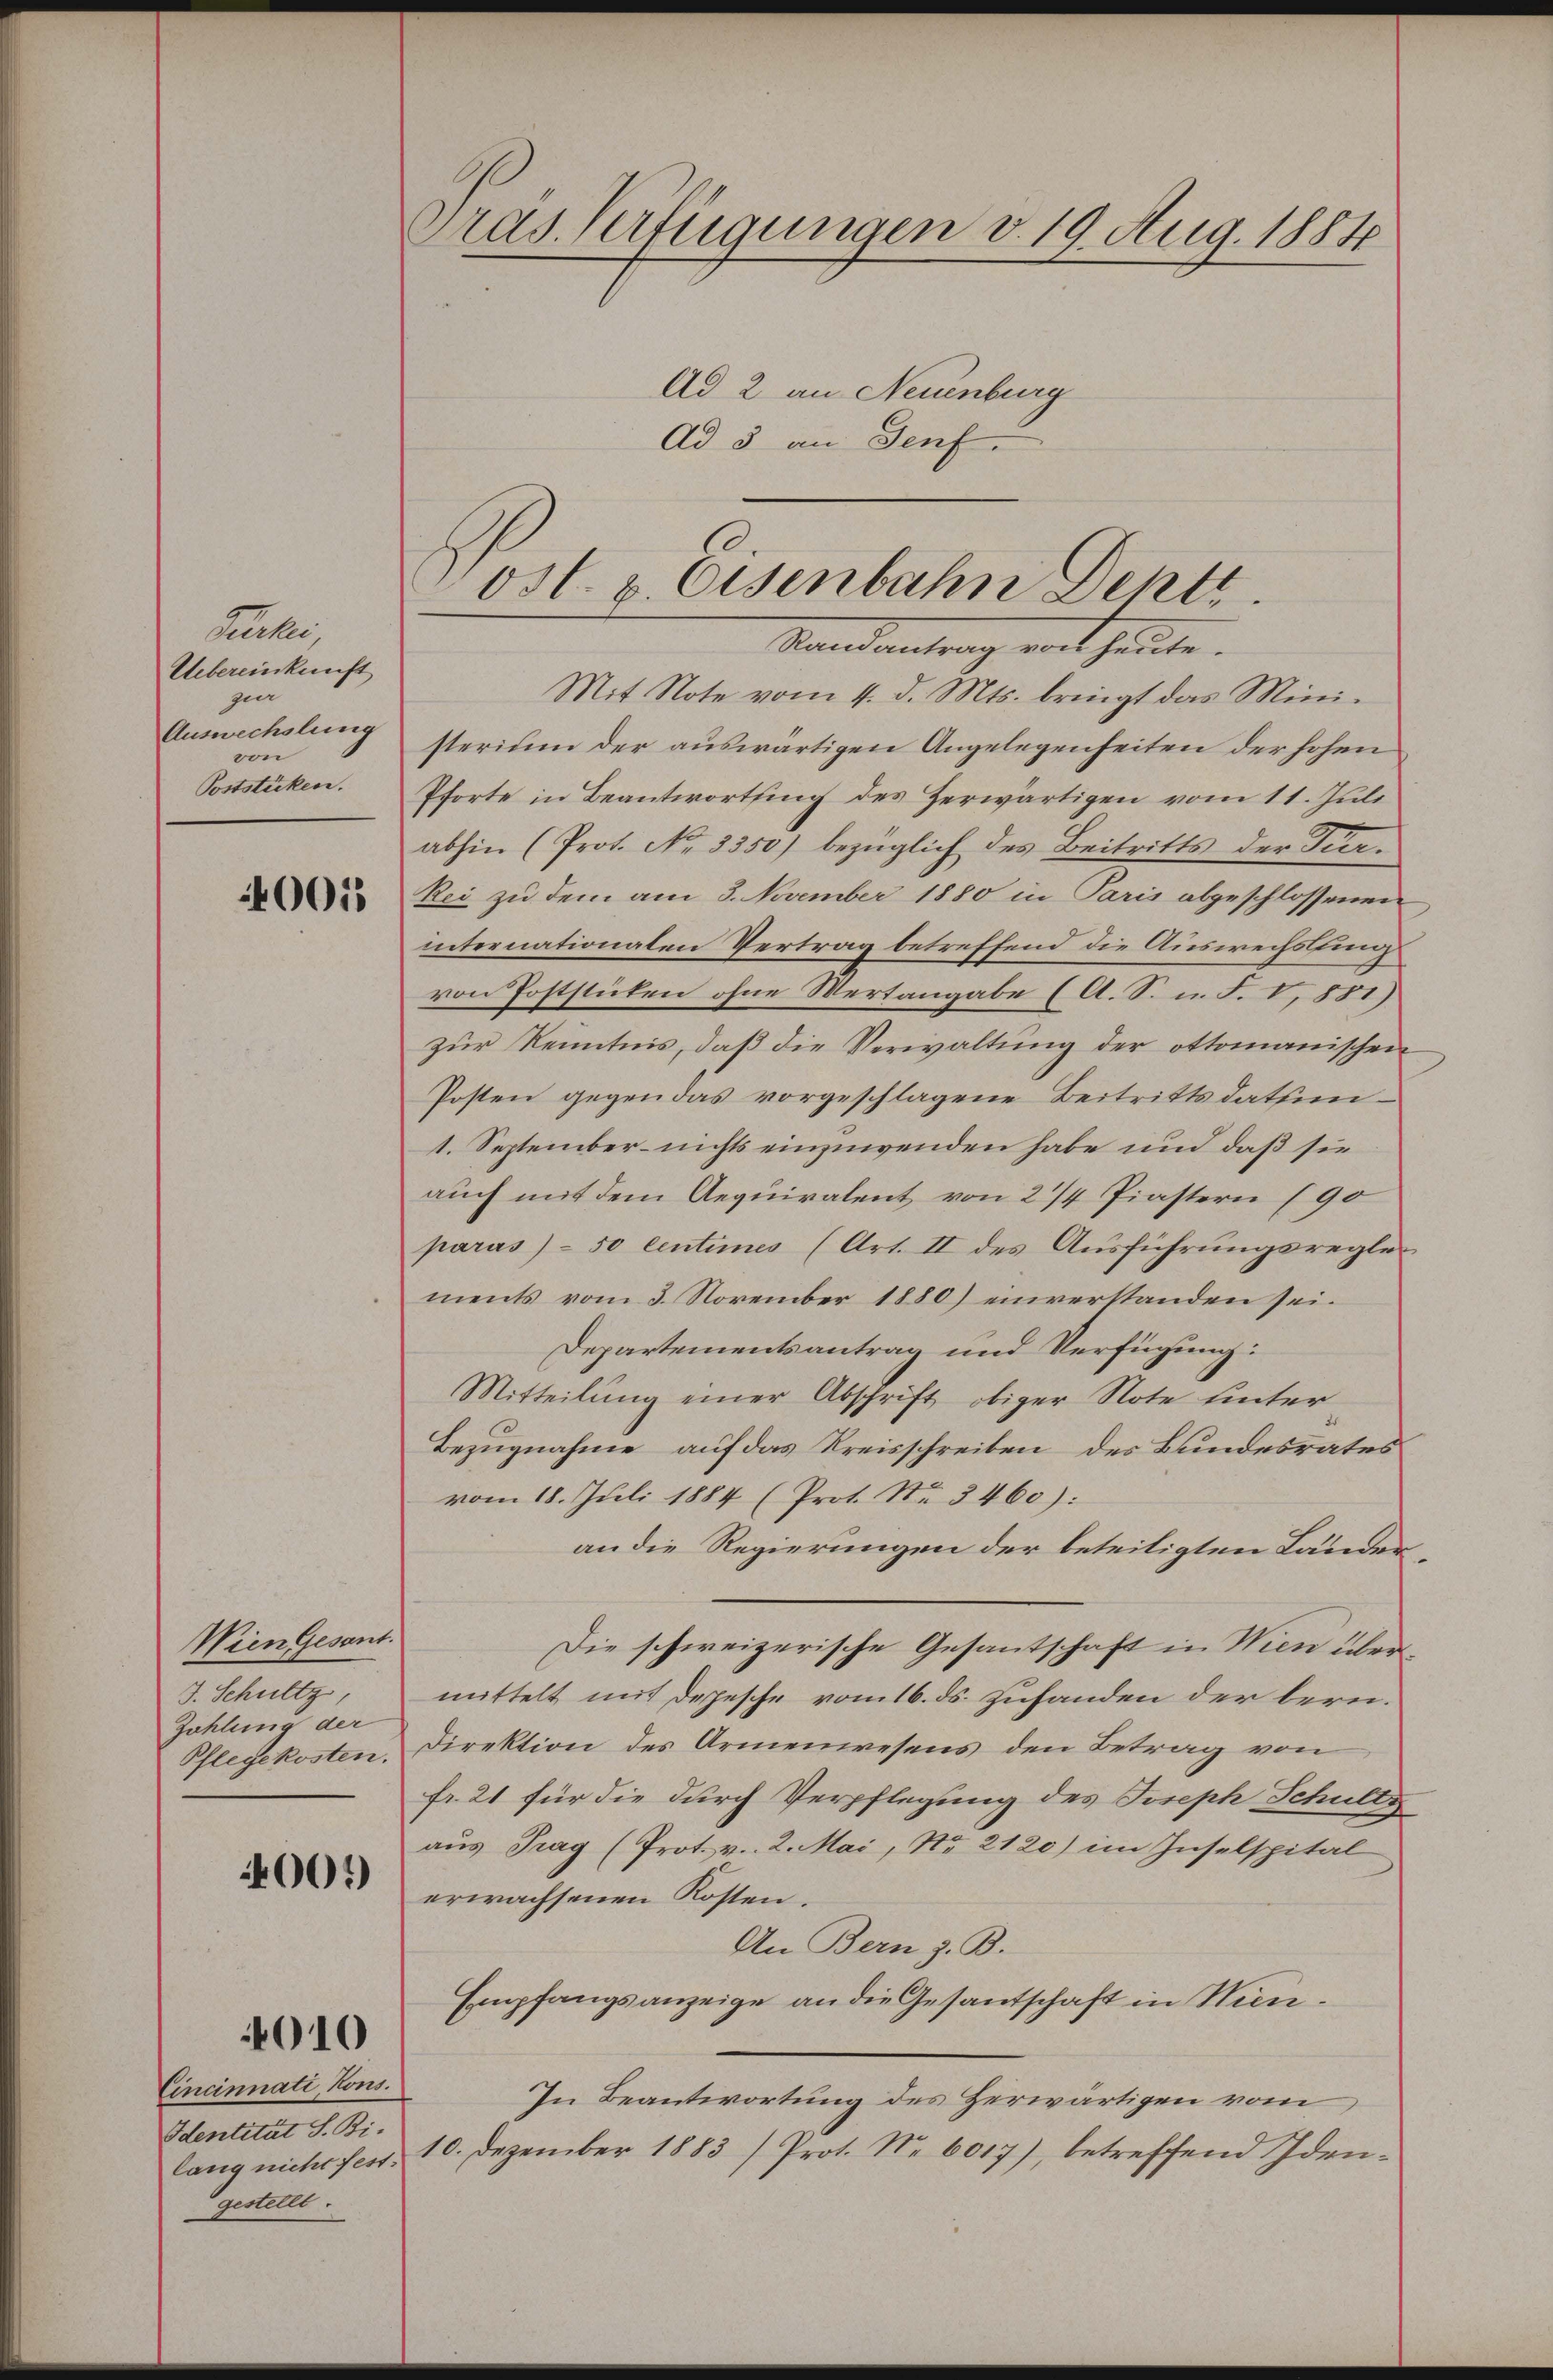
Ferkei
Uebereinkunft
guer
Auswechslung
von
Poststücken.

0015

Wien Gesant.
J. Schultz,
Zohlung der
Pflegekosten.

4001)

Cincinnati, Kons.
Identität S. Bi-
lang nicht fest.
gestellt.

010

Dras. Verfügungen v. 19. Aug. 1884
Ad 2. an Neuenburg
Ad 5 an Senf

l

Post. v. Osenbahn Dekt
Randantrag mit heute.

Mit Note vom 4. d. Mts. bringt das Mini-
sterium der auswärtigen Angelegenheiten der hohen
Pforte in Beantwortung des Zerwärtigen vom 11. Juli
abhin (Prot. No. 3350) bezüglich des Beitritts der Tur¬
Rei zu dem am 3. November 1880 in Paris abgeschlossenen
internationalen Vertrag betreffend die Auswechslung
von Poststücken ohne Wertangabe (A. S. u. F. V, 881)
zur Kenntnis, daß die Verwaltung der ottomanischen
Posten gegen das vorgeschlagene Beitrittsdatsun¬
1. September nichts einzuwenden habe und daß sie
auch mit dem Aequiralent von 2/4 Piastern (90
paras) - 50 Centimes (Art. II des Ausführungsregle
ments vom 3. November 1880) einverstanden sei.
Departementsantrag und Verfügung:
Mitteilŭng einer Abschrift obiger Note unter
Bezugnahme auf das Kreisschreiben des Bundesrates
vom 18. Juli 1884 (Prot. Nr. 3460):
an die Regierungen der beteiligten Länder¬
Die schweizerische Gesantschaft in Wien übermittelt mit Depesche vom 16. ds. zufanden der lern.
Direktion des Armenwesens den Betrag von
fr. 21 für die durch Verpflegung des Joseph Schultz
aus Prag (Prot. v. 2. Mai, No. 2120) im Inselspital
erwachsenen Kosten.
An Bern z. B.
Empfangsanzeige an die Gesantschaft in Nie¬
In Beantwortung des Herwärtigen vom
10. Dezember 1883 /Prot. Nr. 6017), betreffend Iden¬